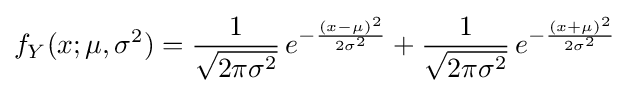
f_{Y}(x;\mu ,\sigma ^{2})={\frac {1}{\sqrt {2\pi \sigma ^{2}}}}\,e^{-{\frac {(x-\mu )^{2}}{2\sigma ^{2}}}}+{\frac {1}{\sqrt {2\pi \sigma ^{2}}}}\,e^{-{\frac {(x+\mu )^{2}}{2\sigma ^{2}}}}